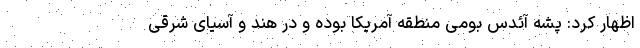
اظهار کرد: پشه آئدس بومی منطقه آمریکا بوده و در هند و آسیای شرقی